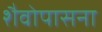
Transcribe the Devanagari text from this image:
शैवोपासना